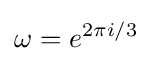
\omega =e^{2\pi i/3}